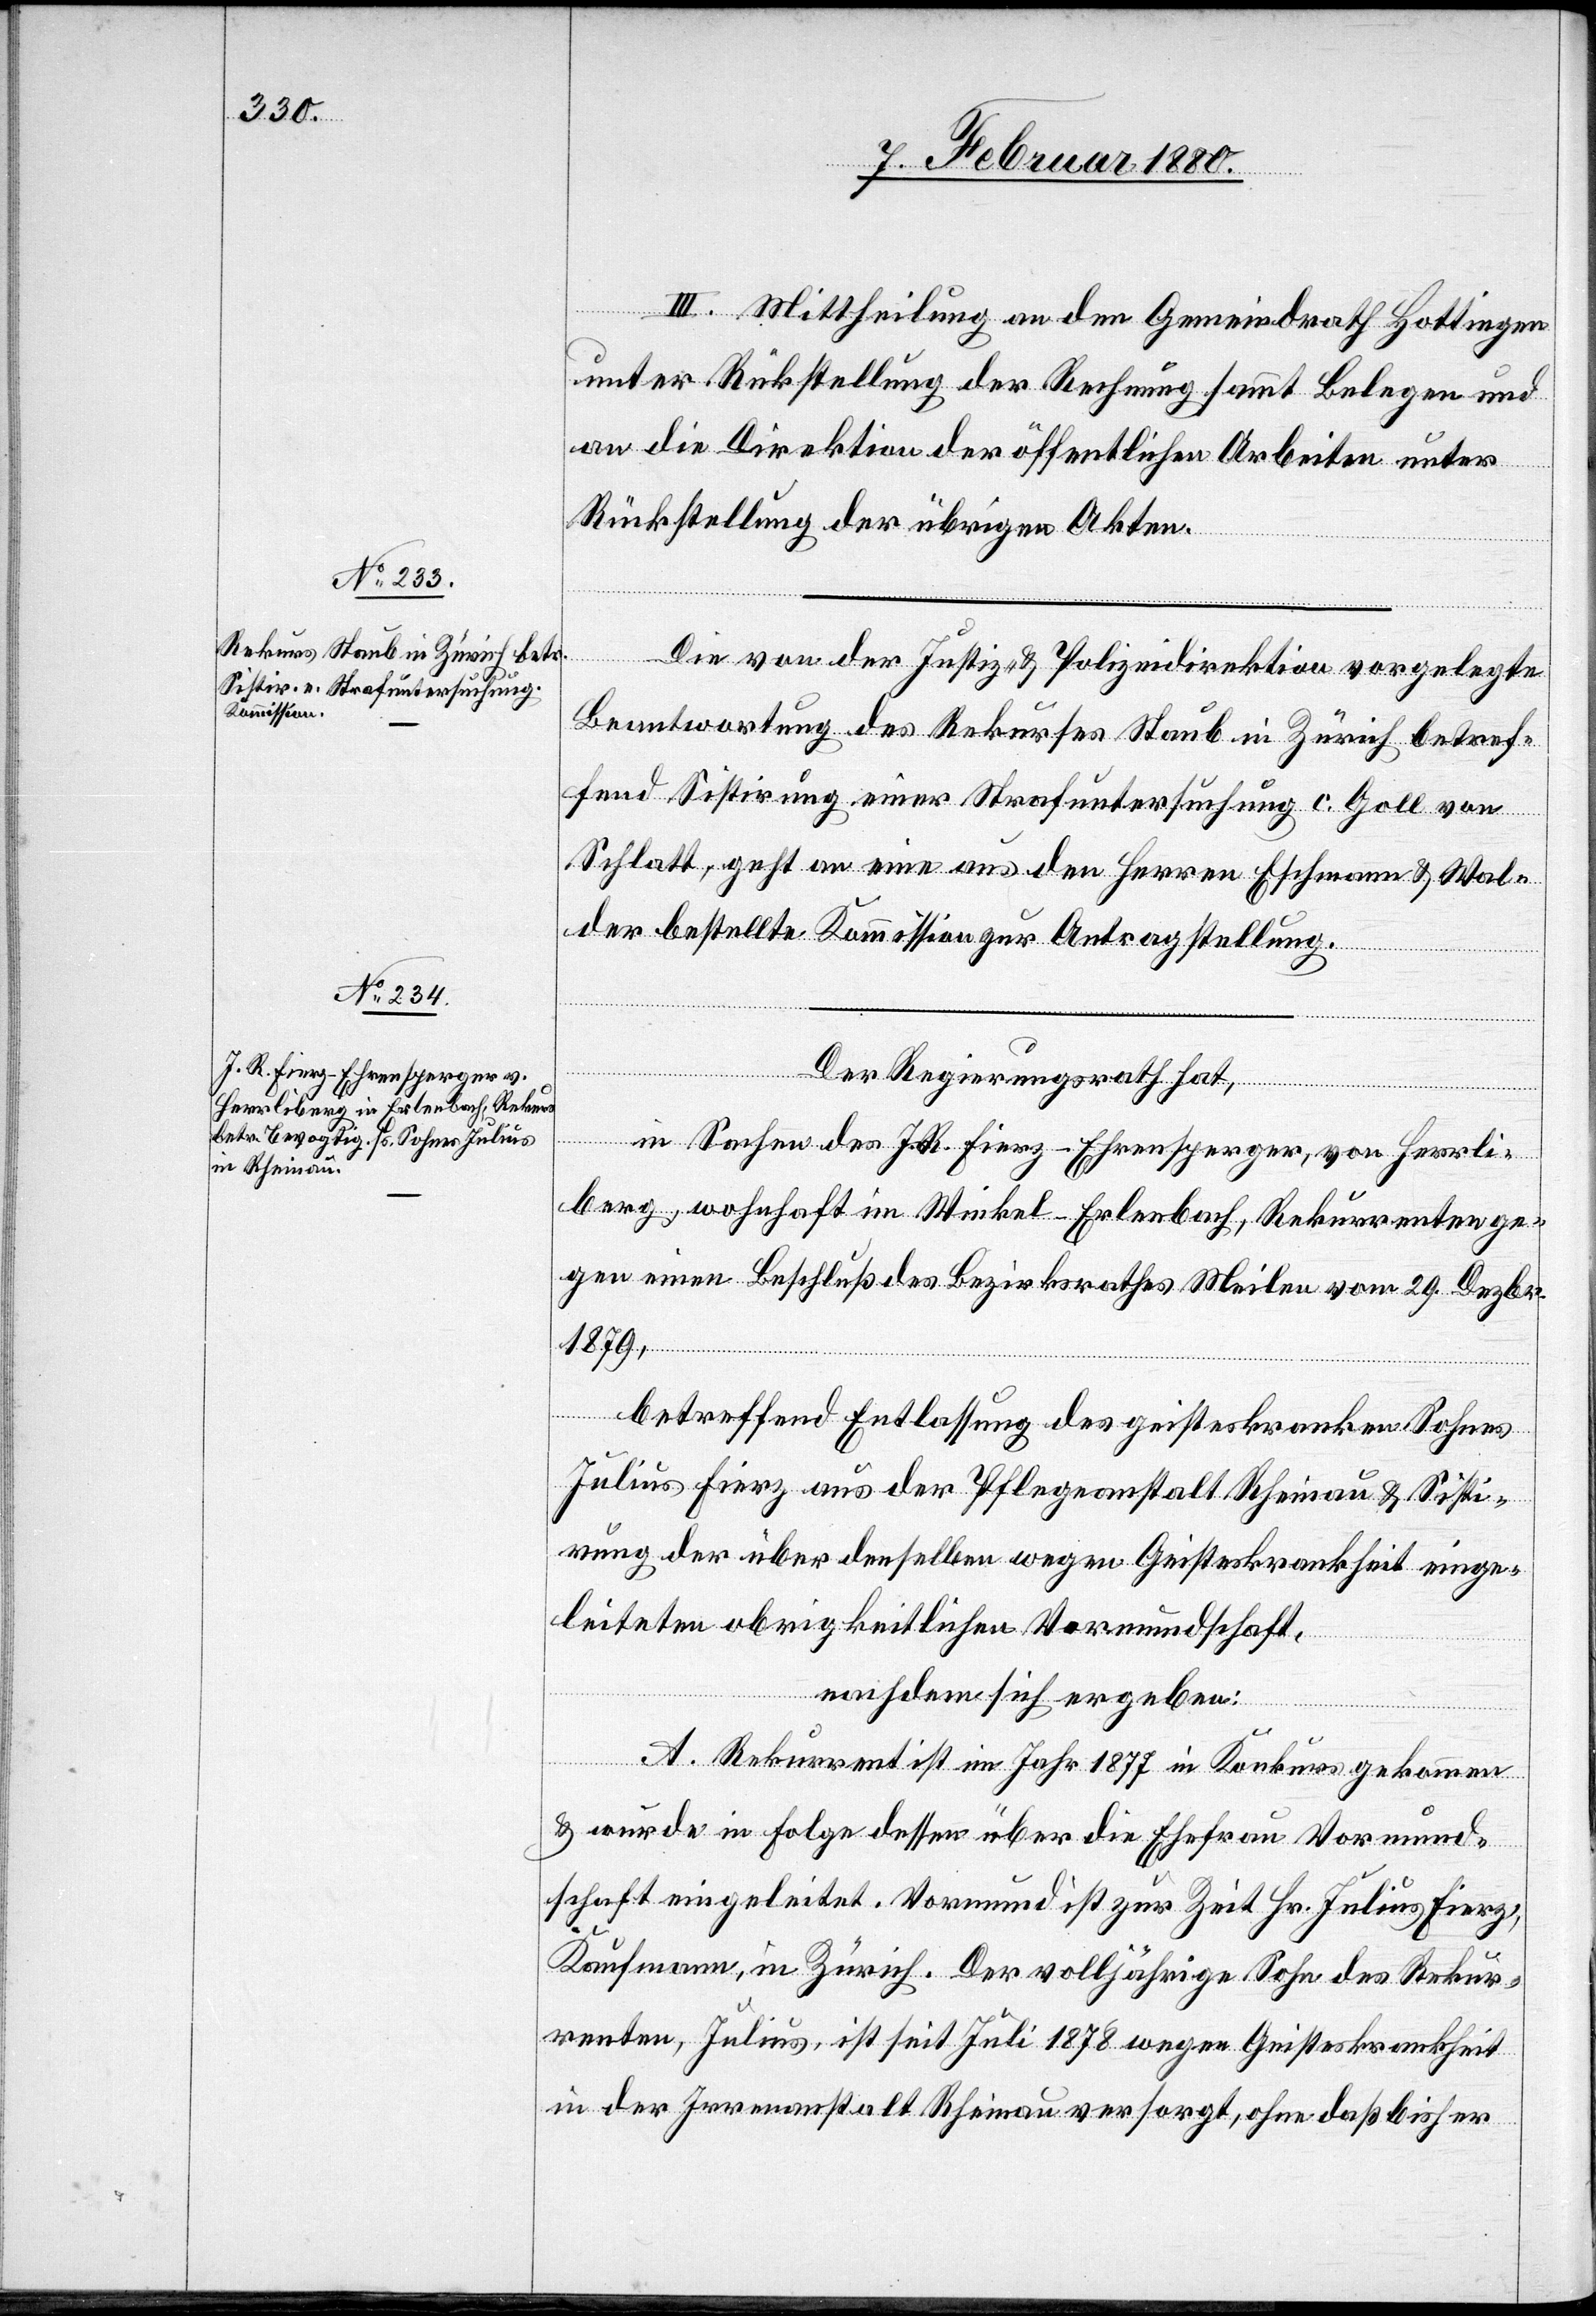
III. Mittheilung an den Gemeindrath Hottingen
unter Rückstellung der Rechnung sammt Belegen und
an die Direktion der öffentlichen Arbeiten unter
Rückstellung der übrigen Akten.
Die von der Justiz- & Polizeidirektion vorgelegte
Beantwortung des Rekurses Staub in Zürich betref¬
fend Sistirung einer Strafuntersuchung c. Goll von
Schlatt, geht an eine aus den Herren Eschmann & Wal¬
der bestellte Kommission zur Antragstellung.
Der Regierungsrath hat,
In Sachen des J. R. Fierz-Ehrensperger, von Herrli¬
berg, wohnhaft im Winkel - Erlenbach, Rekurrenten ge¬
gen einen Beschluß des Bezirksrathes Meilen vom 29. Dezbr.
1879,
betreffend Entlassung des geisteskranken Sohnes
Julius Fierz aus der Pflegeanstalt Rheinau & Sisti¬
rung der über denselben wegen Geisteskrankheit einge¬
leiteten obrigkeitlichen Vormundschaft,
nachdem sich ergeben:
A. Rekurrent ist im Jahr 1877 in Konkurs gekommen
& wurde in Folge dessen über die Ehefrau Vormund¬
schaft eingeleitet. Vormund ist zur Zeit Hr. Julius Fierz,
Kaufmann, in Zürich. Der volljährige Sohn des Rekur¬
renten, Julius, ist seit Juli 1878 wegen Geisteskrankheit
in der Irrenanstalt Rheinau versorgt, ohne daß bisher